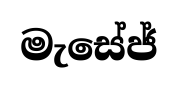
මැසේජ්